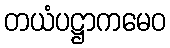
တယံပဋ္ဌာကမေဝ